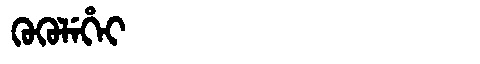
Manchu: ᡴᡠᡴᡠᠯᡝᡥᡝᡳ
Romanization: KUKULEHEI